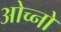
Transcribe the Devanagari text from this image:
ओच्नो